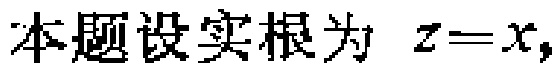
本题设实根为 \(z = x\)，